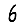
Digit: 6